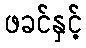
ဖခင်နှင့်